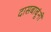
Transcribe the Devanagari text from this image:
दासबाबूंनी